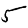
Digit: 5